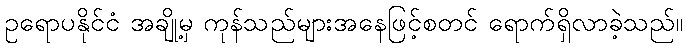
ဥရောပနိုင်ငံ အချို့မှ ကုန်သည်များအနေဖြင့်စတင် ရောက်ရှိလာခဲ့သည်။